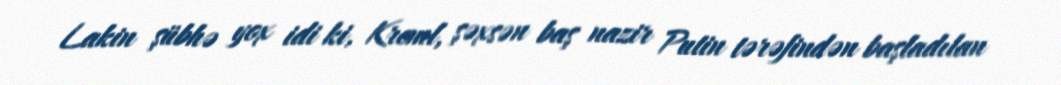
Lakin şübhə yox idi ki, Kreml, şəxsən baş nazir Putin tərəfindən başladılan